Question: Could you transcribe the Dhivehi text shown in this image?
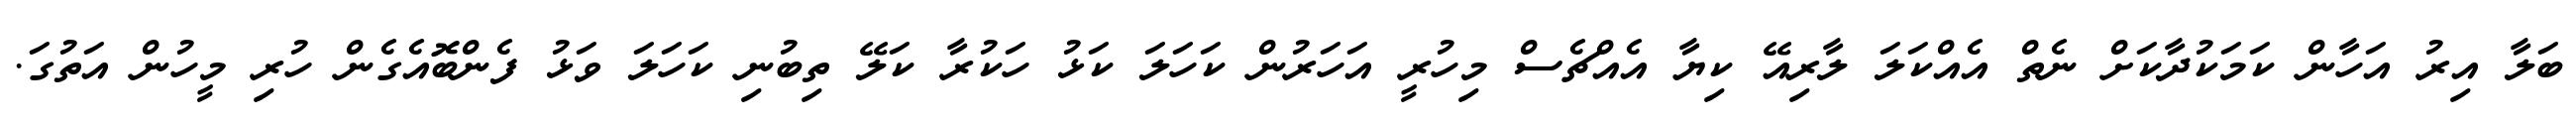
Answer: ބަލާ އިރު އަހާން ކަމަކުދާކަށް ނެތް އެއްކަލަ ލާރިއޭ ކިޔާ އެއްޗެސް މިހުރީ އަހަރުން ކަހަލަ ކަޅު ހަކުރާ ކަލޭ ތިބުނި ކަހަލަ ވަޅު ފެންބޮއެގެން ހުރި މީހުން އަތުގަ.